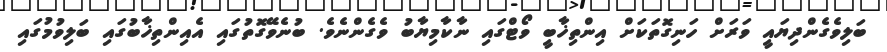
ބަލިވެގެންދިޔައީ ވަރަށް ހަނިގޮތަކަށް އިންތިޚާބީ ވޯޓްގައި ނާކާމިޔާބު ވެގެންނެވެ. ބުނެވޭގޮތުގައި އެއިންތިޚާބުގައި ބަލިވުމުގައި